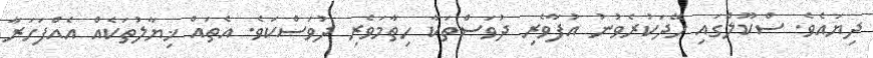
ދިޔައެވެ. ސްކޫލްގައި ހޭދަކުރެވުނު އުފާވެރި ދުވަސްތަކާ ހިތާމަވެރި ދުވަސްކަވެ. އެތައް ޚިޔާލުތަކެއް އެއްފަހަރާ